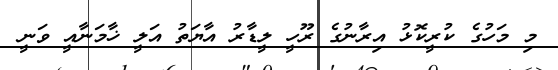
މި މަހުގެ ކުރީކޮޅު އިރާނުގެ ރޫހީ ލީޑާރު އާޔަތު އަލީ ޚާމަނާއީ ވަނީ